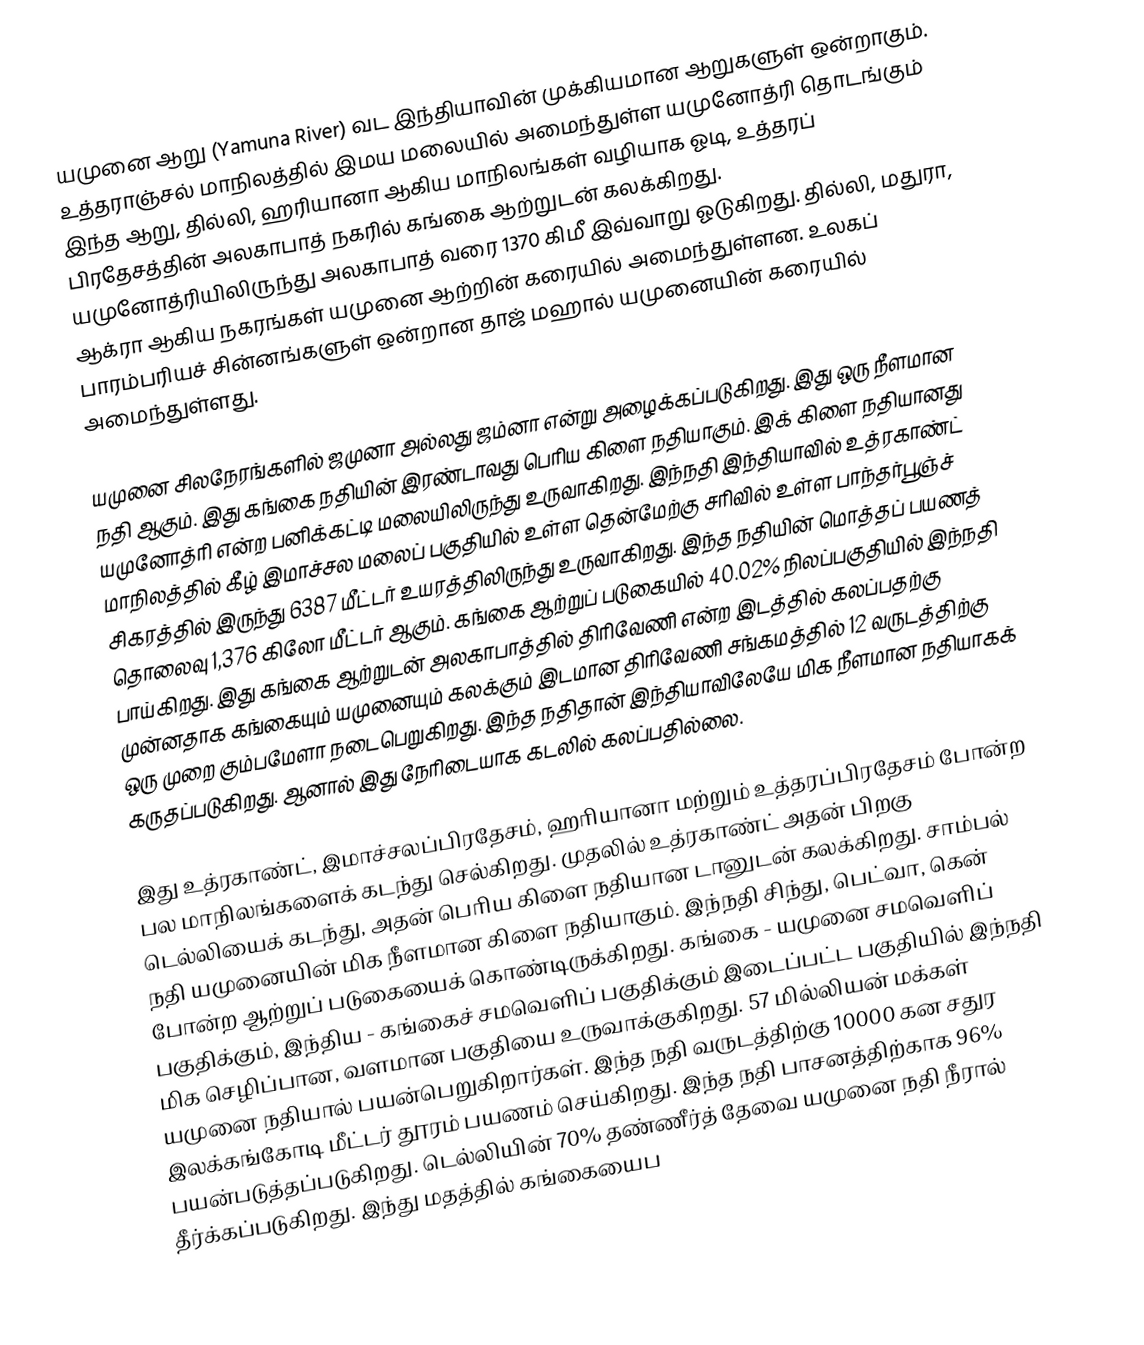
யமுனை ஆறு (Yamuna River) வட இந்தியாவின் முக்கியமான ஆறுகளுள் ஒன்றாகும். உத்தராஞ்சல் மாநிலத்தில் இமய மலையில் அமைந்துள்ள யமுனோத்ரி தொடங்கும் இந்த ஆறு, தில்லி, ஹரியானா ஆகிய மாநிலங்கள் வழியாக ஓடி, உத்தரப் பிரதேசத்தின் அலகாபாத் நகரில் கங்கை ஆற்றுடன் கலக்கிறது. யமுனோத்ரியிலிருந்து அலகாபாத் வரை 1370 கிமீ இவ்வாறு ஓடுகிறது. தில்லி, மதுரா, ஆக்ரா ஆகிய நகரங்கள்  யமுனை ஆற்றின் கரையில் அமைந்துள்ளன. உலகப் பாரம்பரியச் சின்னங்களுள் ஒன்றான தாஜ் மஹால் யமுனையின் கரையில் அமைந்துள்ளது.

யமுனை சிலநேரங்களில்  ஜமுனா அல்லது ஜம்னா என்று அழைக்கப்படுகிறது. இது ஒரு நீளமான நதி ஆகும். இது கங்கை நதியின் இரண்டாவது பொிய கிளை நதியாகும். இக் கிளை நதியானது யமுனோத்ரி என்ற பனிக்கட்டி மலையிலிருந்து உருவாகிறது. இந்நதி இந்தியாவில் உத்ரகாண்ட் மாநிலத்தில் கீழ் இமாச்சல மலைப் பகுதியில் உள்ள தென்மேற்கு சாிவில் உள்ள பாந்தர்பூஞ்ச் சிகரத்தில் இருந்து 6387 மீட்டர் உயரத்திலிருந்து உருவாகிறது. இந்த நதியின் மொத்தப் பயணத் தொலைவு 1,376  கிலோ மீட்டர் ஆகும். கங்கை ஆற்றுப் படுகையில் 40.02%  நிலப்பகுதியில் இந்நதி பாய்கிறது.  இது கங்கை ஆற்றுடன் அலகாபாத்தில் திாிவேணி என்ற இடத்தில் கலப்பதற்கு முன்னதாக கங்கையும் யமுனையும் கலக்கும் இடமான திாிவேணி சங்கமத்தில் 12 வருடத்திற்கு ஒரு முறை கும்பமேளா நடைபெறுகிறது.  இந்த நதிதான் இந்தியாவிலேயே மிக நீளமான நதியாகக் கருதப்படுகிறது. ஆனால் இது நோிடையாக கடலில் கலப்பதில்லை.

இது உத்ரகாண்ட், இமாச்சலப்பிரதேசம், ஹாியானா மற்றும் உத்தரப்பிரதேசம் போன்ற பல மாநிலங்களைக் கடந்து செல்கிறது.  முதலில் உத்ரகாண்ட் அதன் பிறகு டெல்லியைக் கடந்து, அதன் பொிய கிளை நதியான டானுடன் கலக்கிறது. சாம்பல் நதி யமுனையின் மிக நீளமான கிளை நதியாகும். இந்நதி சிந்து, பெட்வா, கென் போன்ற ஆற்றுப் படுகையைக் கொண்டிருக்கிறது. கங்கை - யமுனை சமவெளிப் பகுதிக்கும், இந்திய - கங்கைச் சமவெளிப் பகுதிக்கும்  இடைப்பட்ட பகுதியில் இந்நதி மிக செழிப்பான, வளமான பகுதியை உருவாக்குகிறது. 57 மில்லியன் மக்கள் யமுனை நதியால் பயன்பெறுகிறார்கள். இந்த நதி வருடத்திற்கு 10000 கன சதுர இலக்கங்கோடி மீட்டர் தூரம் பயணம் செய்கிறது. இந்த நதி பாசனத்திற்காக 96% பயன்படுத்தப்படுகிறது. டெல்லியின் 70% தண்ணீர்த் தேவை யமுனை நதி நீரால் தீர்க்கப்படுகிறது.   இந்து மதத்தில் கங்கையைப